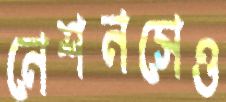
নেশনসেও